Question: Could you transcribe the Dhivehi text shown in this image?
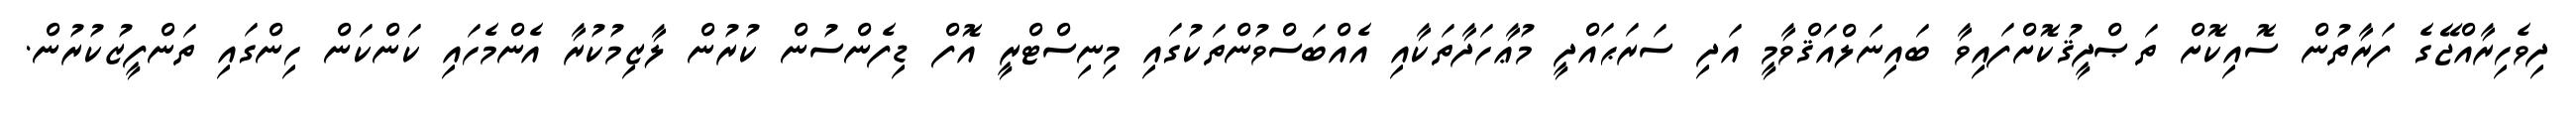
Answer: ދިވެހިރާއްޖޭގެ ފަރާތުން ސޮއިކޮށް ތަޞްދީޤުކޮށްފައިވާ ބައިނަލްއަޤްވާމީ އަދި ސަރަޙައްދީ މުޢާހަދާތަކާއި އެއްބަސްވުންތަކުގައި މިނިސްޓްރީ އޮފް ޑިފެންސުން ކުރުން ލާޒިމުކުރާ އެންމެހައި ކަންކަން ހިންގައި ތަންފީޒުކުރުން.